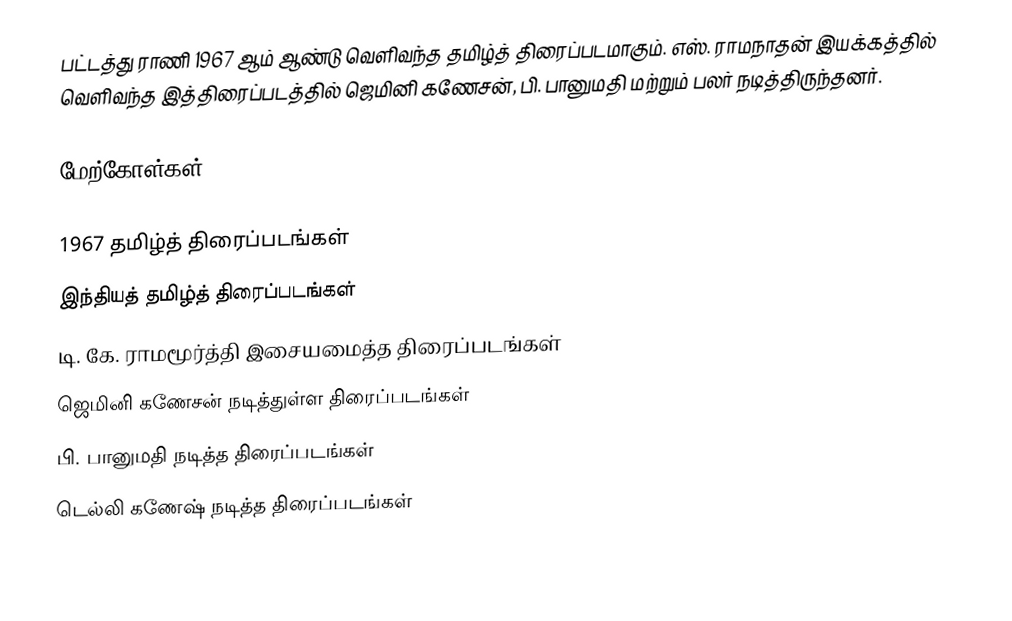
பட்டத்து ராணி 1967 ஆம் ஆண்டு வெளிவந்த தமிழ்த் திரைப்படமாகும். எஸ். ராமநாதன் இயக்கத்தில் வெளிவந்த இத்திரைப்படத்தில் ஜெமினி கணேசன், பி. பானுமதி மற்றும் பலர் நடித்திருந்தனர்.

மேற்கோள்கள்

1967 தமிழ்த் திரைப்படங்கள்
இந்தியத் தமிழ்த் திரைப்படங்கள்
டி. கே. ராமமூர்த்தி இசையமைத்த திரைப்படங்கள்
ஜெமினி கணேசன் நடித்துள்ள திரைப்படங்கள்
பி. பானுமதி நடித்த திரைப்படங்கள்
டெல்லி கணேஷ் நடித்த திரைப்படங்கள்